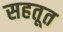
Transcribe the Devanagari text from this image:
सहतूत